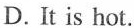
D.It is hot.